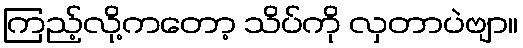
ကြည့်လို့ကတော့ သိပ်ကို လှတာပဲဗျာ။